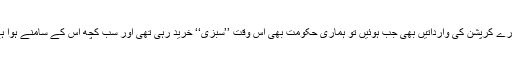
ہمارے کرپشن کی وارداتیں بھی جب ہوئیں تو ہماری حکومت بھی اس وقت ’’سبزی‘‘ خرید رہی تھی اور سب کچھ اس کے سامنے ہوا ہے۔